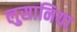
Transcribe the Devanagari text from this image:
लुसानिया